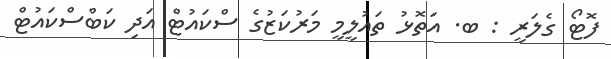
ފޮޓޯ ގެލަރީ : ބ. އަތޮޅު ތައުލީމީ މަރުކަޒުގެ ސްކައުޓް އަދި ކަބްސްކައުޓް